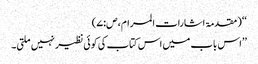
‘‘ (مقدمۃ اشارات المرام،ص:۷)
’’اس باب میں اس کتاب کی کوئی نظیر نہیں ملتی۔